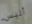
أليس